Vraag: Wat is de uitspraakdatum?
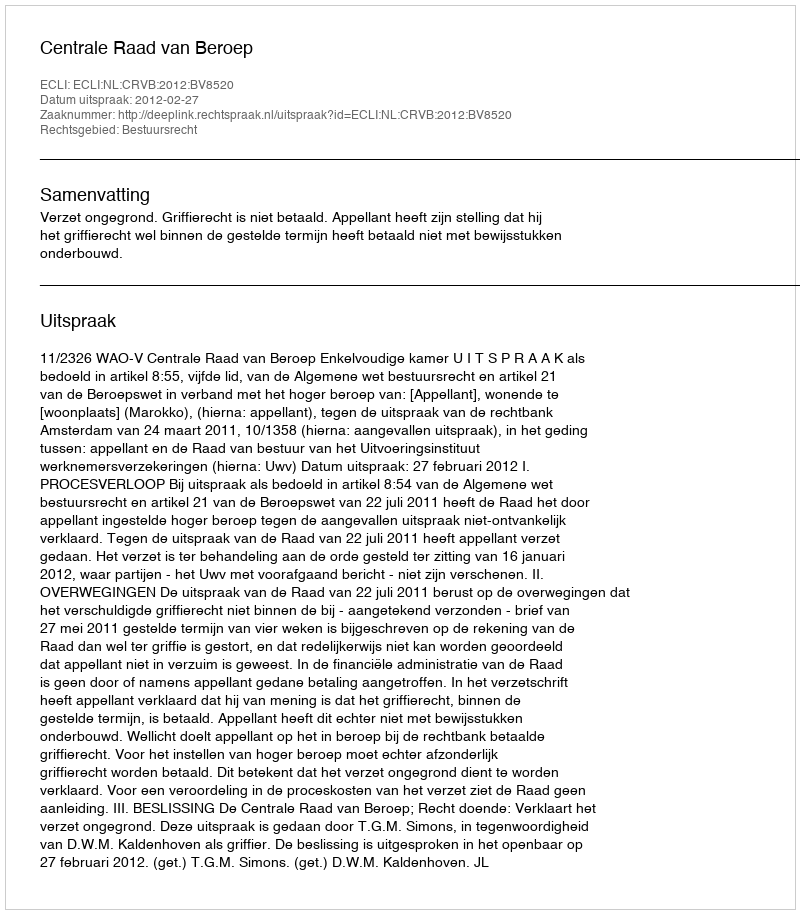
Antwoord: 2012-02-27